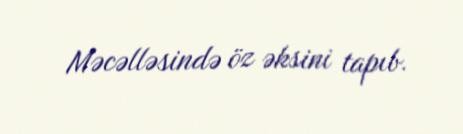
Məcəlləsində öz əksini tapıb.